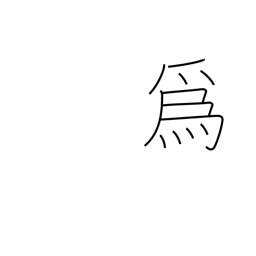
Meaning: be of use